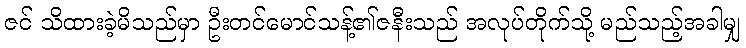
ဇင် သိထားခဲ့မိသည်မှာ ဦးတင်မောင်သန့်၏ဇနီးသည် အလုပ်တိုက်သို့ မည်သည့်အခါမျှ